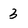
Character: 3